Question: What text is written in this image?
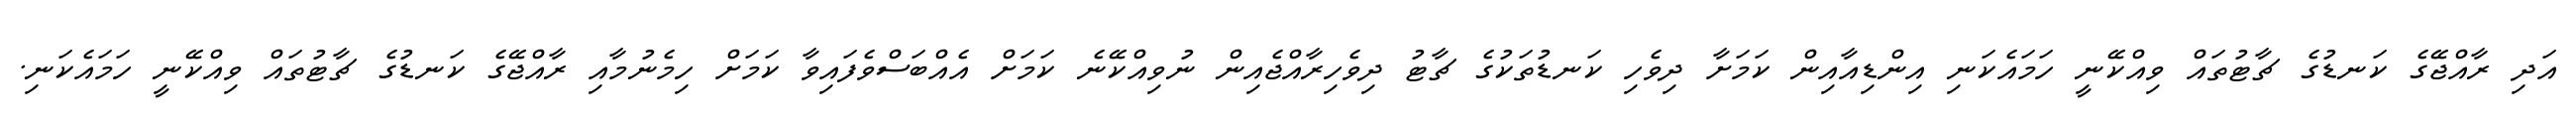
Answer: އަދި ރާއްޖޭގެ ކަނޑުގެ ޗާޓުތައް ވިއްކޭނީ ހަމައެކަނި އިންޑިއާއިން ކަމަށާ ދިވެހި ކަނޑުތަކުގެ ޗާޓު ދިވެހިރާއްޖެއިން ނުވިއްކޭނެ ކަމަށް އެއްބަސްވެފައިވާ ކަމަށް ހިމެނުމާއި ރާއްޖޭގެ ކަނޑުގެ ޗާޓުތައް ވިއްކޭނީ ހަމައެކަނި.